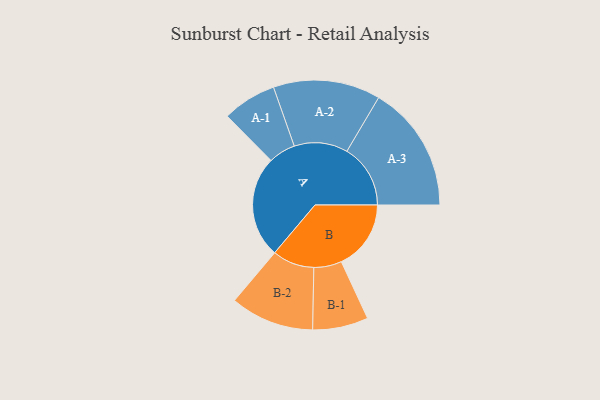
{"axis": {"x": "Segment", "y": "Value"}, "legend": ["", "A", "B"], "data": [{"x": "A", "y": 399, "type": ""}, {"x": "B", "y": 273, "type": ""}, {"x": "A-1", "y": 106, "type": "A"}, {"x": "A-2", "y": 210, "type": "A"}, {"x": "A-3", "y": 249, "type": "A"}, {"x": "B-1", "y": 109, "type": "B"}, {"x": "B-2", "y": 164, "type": "B"}]}